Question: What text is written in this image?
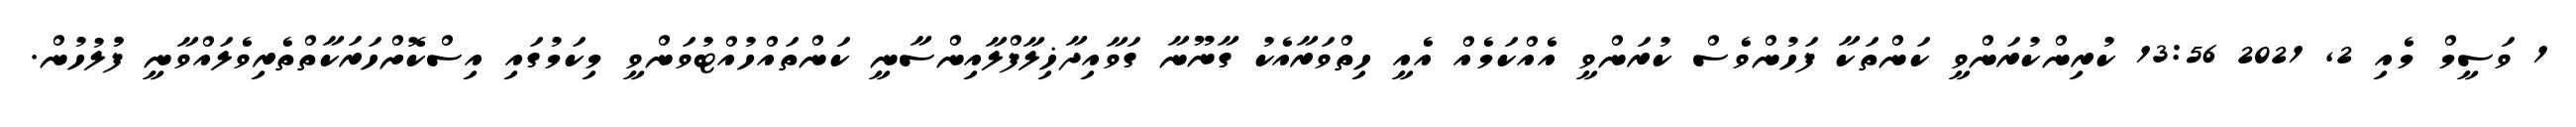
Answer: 1 ވަސީމް މެއި 2, 2021 13:56 ކުރިންކުރަންވީ ކަންތަކާ ފަހުންވެސް ކުރަންވީ އެއްކަމެއް އެއީ ހިތްވަރާއެކު ގާނޫނާ ގަވާއިދާޚިލާފްލާއިންސާނީ ކަންތައްހުއްޓުވަންވީ މިކަމުގައި އިސްކޮށްހަރަކާތްތެރިވެލައްވާނީ ފުުލުހުން.